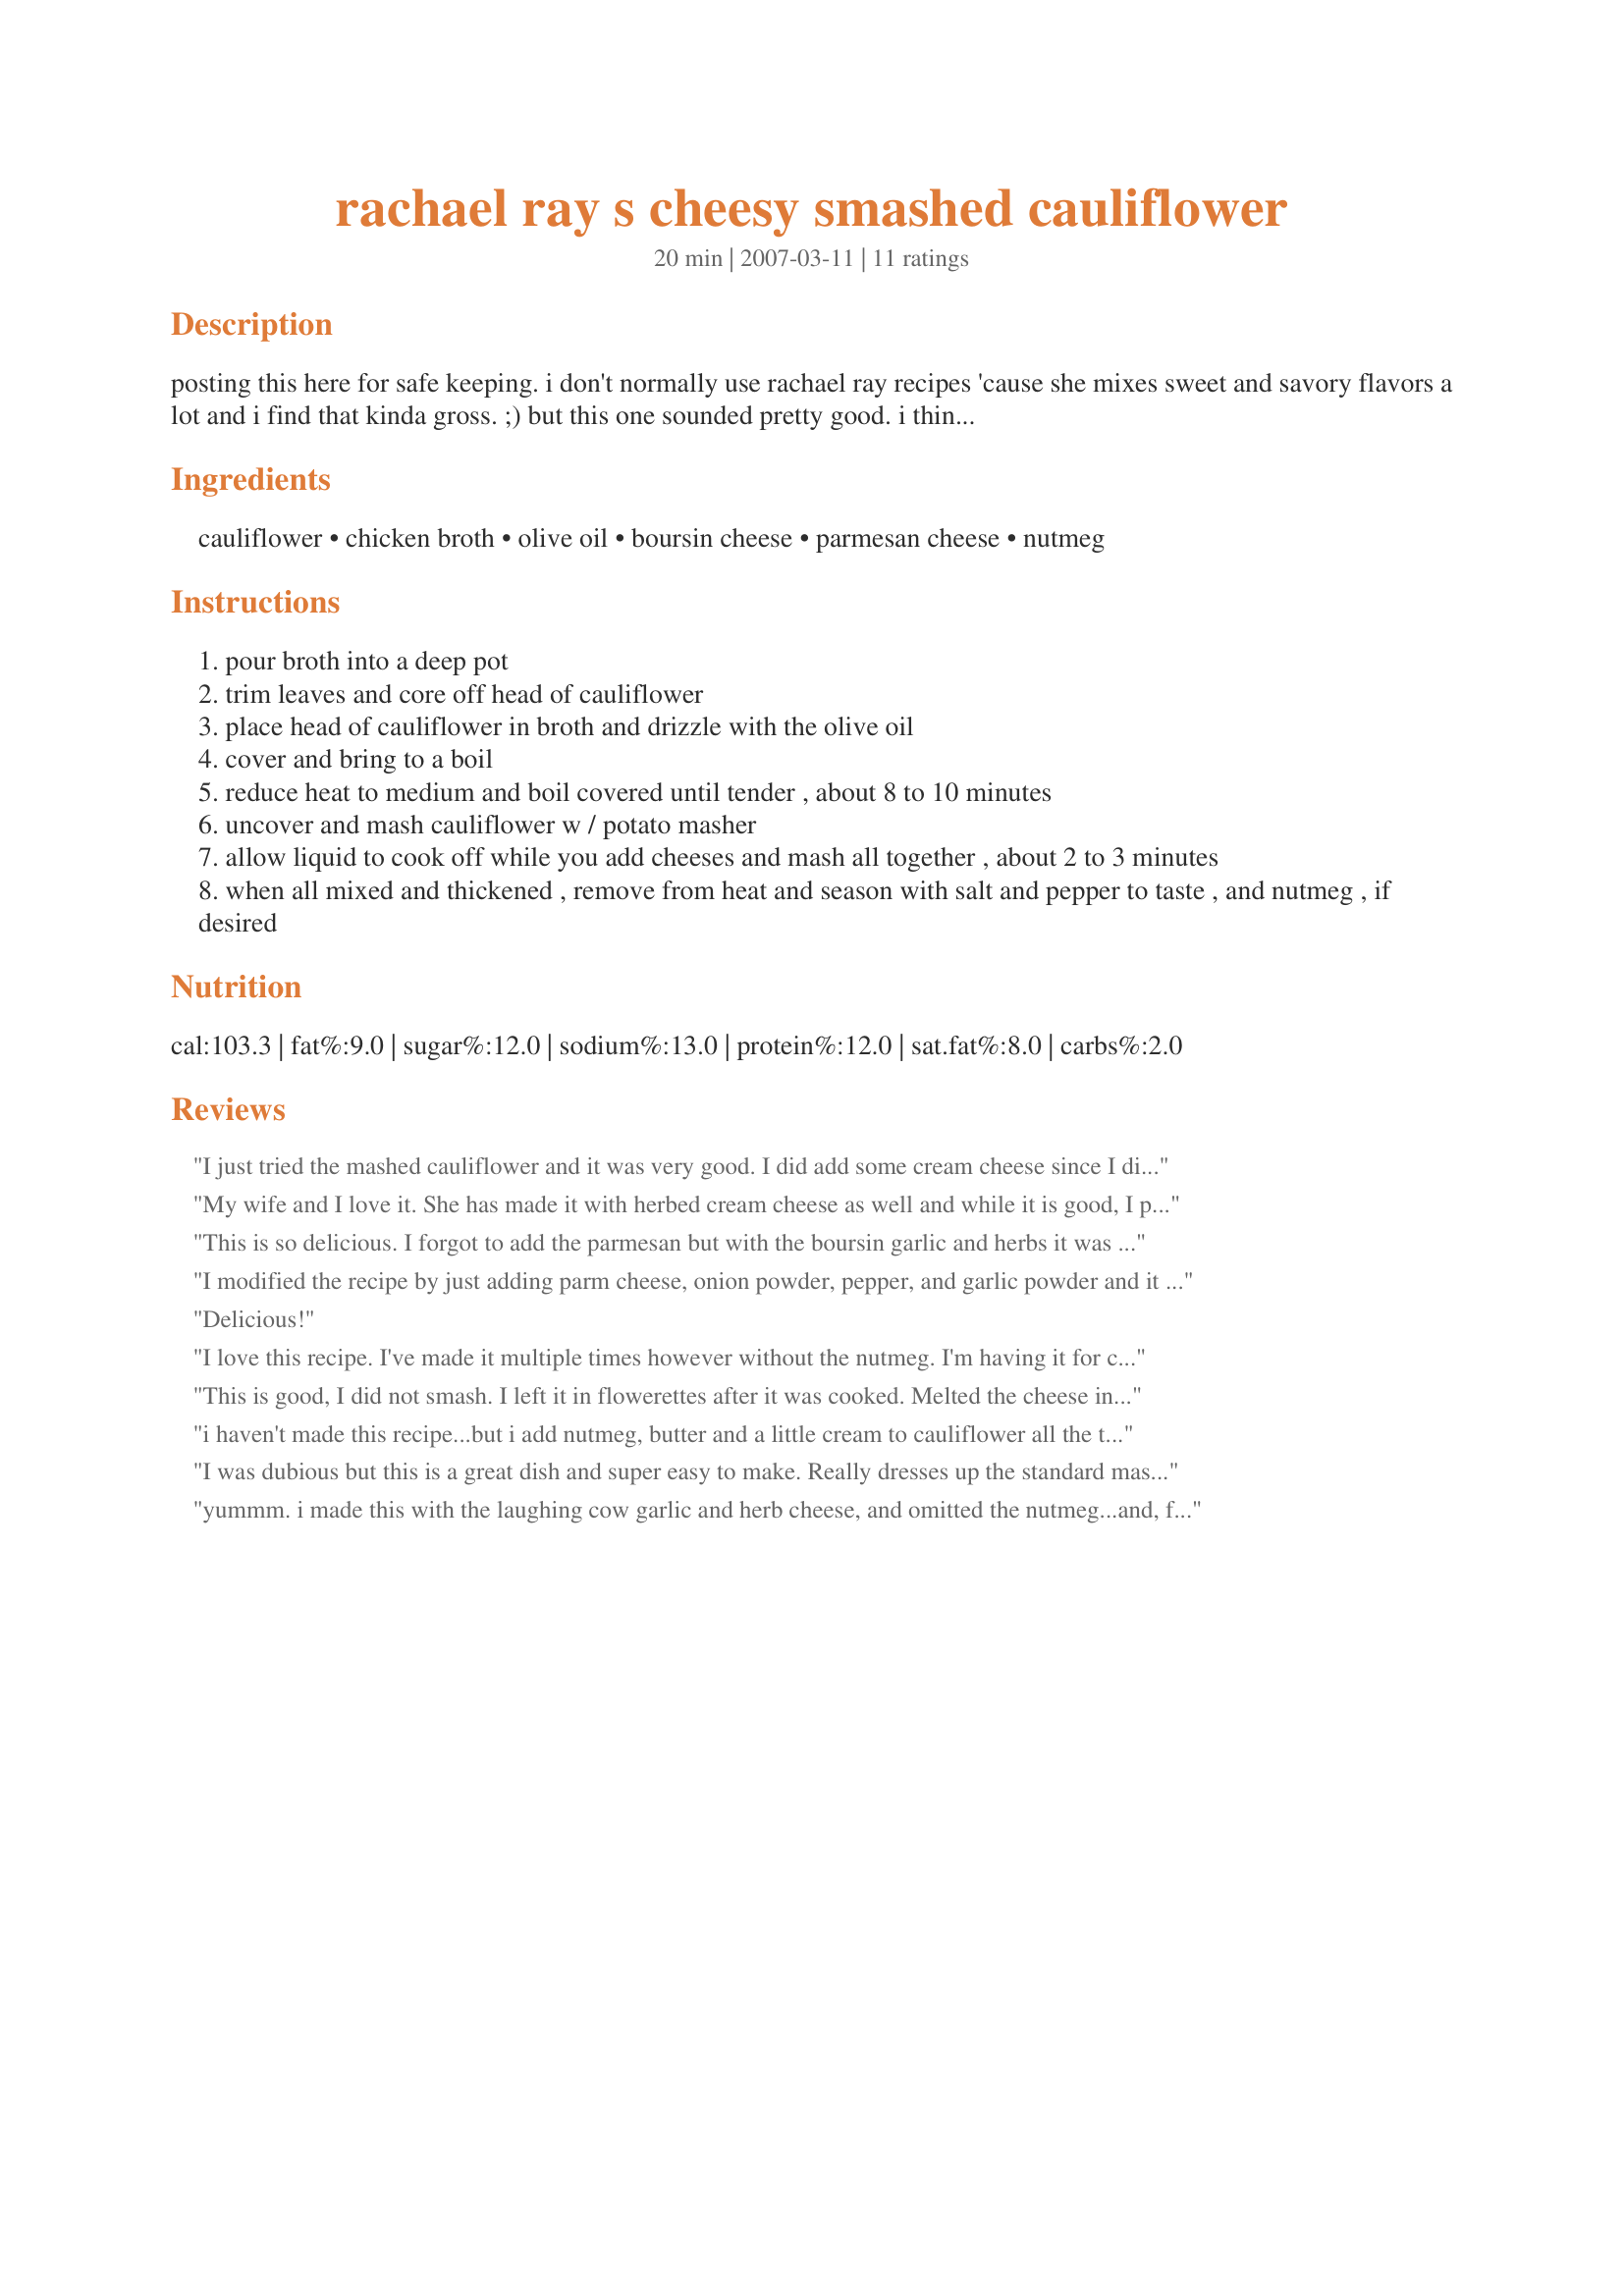
rachael ray s cheesy smashed cauliflower
Preparation time: 20 minutes

posting this here for safe keeping. i don't normally use rachael ray recipes 'cause she mixes sweet and savory flavors a lot and i find that kinda gross. ;) but this one sounded pretty good. i think i'll leave out the nutmeg, tho. if you try it let me know how it turns out. :)

Ingredients:
cauliflower, chicken broth, olive oil, boursin cheese, parmesan cheese, nutmeg

Steps:
pour broth into a deep pot
trim leaves and core off head of cauliflower
place head of cauliflower in broth and drizzle with the olive oil
cover and bring to a boil
reduce heat to medium and boil covered until tender , about 8 to 10 minutes
uncover and mash cauliflower w / potato masher
allow liquid to cook off while you add cheeses and mash all together , about 2 to 3 minutes
when all mixed and thickened , remove from heat and season with salt and pepper to taste , and nutmeg , if desired

Reviews:
I just tried the mashed cauliflower and it was very good. I did add some cream cheese since I did not have the other cheese but turned out well with add'l herbs. well done
My wife and I love it. She has made it with herbed cream cheese as well and while it is good, I prefer the Boursin. We have made it for company and gotten nothing but raves. Great way to keep carbs down and up fiber.
This is so delicious. I forgot to add the parmesan but with the boursin garlic and herbs it was perfect. I didn't add nutmeg cause I don't like nutmeg. Thanks Hottiecj :) Made for PAC Fall 2009
I modified the recipe by just adding parm cheese, onion powder, pepper, and garlic powder and it was delicious! Thanks for the recipe!!
Delicious!
I love this recipe. I've made it multiple times however without the nutmeg. I'm having it for company tonight and they've never had it before. I feel sure they'll love it.
This is good, I did not smash. I left it in flowerettes after it was cooked. Melted the cheese in the microwave, poured over while in the cooking pot. Put in a serving dish with salt & white pepper and a smattering of nutmeg. It is easier to spear a flowerette for the sight impaired.
i haven't made this recipe...but i add nutmeg, butter and a little cream to cauliflower all the time and it is wonderful (add when cooked and drained) i bet this is a keeper and worth trying, company worthy !
I was dubious but this is a great dish and super easy to make. Really dresses up the standard mashed potato side. Good with beef or pork loin roast or venison roast. M.Maupin
yummm. i made this with the laughing cow garlic and herb cheese, and omitted the nutmeg...and, forgot the parmesan...turned out wonderful anyway. Great addition or replacement to mashed potatoes :-) thanks for posting
WoW!! What a great recipe :)
We totally loved this recipe. I will be making this more often. First time we have ever had boursin cheese,MAN! it's really good and excellent in this recipe. I lefted out nutmeg. Thanks so much for sharing the recipe :)
